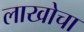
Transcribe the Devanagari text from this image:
लाखोचा